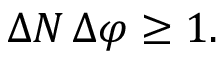
\Delta N \, \Delta \varphi \geq 1 .